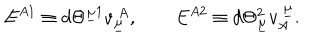
E ^ { A 1 } \equiv d \Theta ^ { \underline { { { \mu } } } 1 } v _ { \underline { { { \mu } } } } ^ { ~ A } , \qquad E ^ { A 2 } \equiv d \Theta _ { \underline { { { \mu } } } } ^ { 2 } v _ { A } ^ { ~ \underline { { { \mu } } } } . \qquad